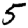
Digit: 5